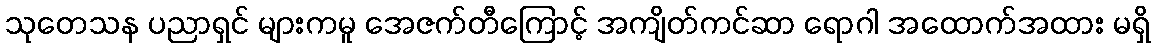
သုတေသန ပညာရှင် များကမူ အေဇက်တီကြောင့် အကျိတ်ကင်ဆာ ရောဂါ အထောက်အထား မရှိ